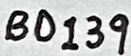
Text: BD139